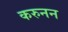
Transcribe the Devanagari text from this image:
करुनन